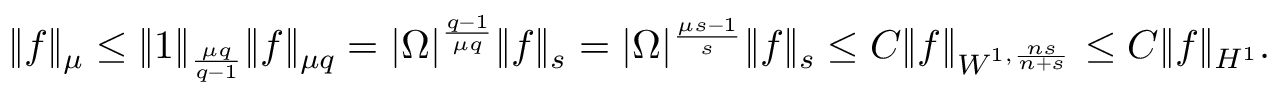
\begin{array} { r } { \| f \| _ { \mu } \leq \| 1 \| _ { \frac { \mu q } { q - 1 } } \| f \| _ { \mu q } = | \Omega | ^ { \frac { q - 1 } { \mu q } } \| f \| _ { s } = | \Omega | ^ { \frac { \mu s - 1 } { s } } \| f \| _ { s } \leq C \| f \| _ { W ^ { 1 , \frac { n s } { n + s } } } \leq C \| f \| _ { H ^ { 1 } } . } \end{array}